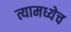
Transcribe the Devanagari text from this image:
त्यामध्येच